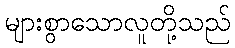
များစွာသောလူတို့သည်